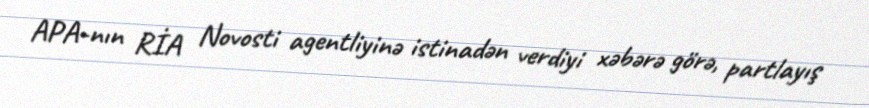
APA-nın RİA Novosti agentliyinə istinadən verdiyi xəbərə görə, partlayış